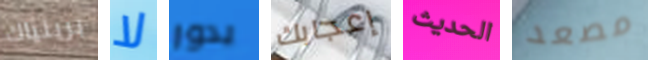
برينياك لا يدور إعجابك الحديث مصعد